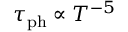
\tau _ { \mathrm { p h } } \propto T ^ { - 5 }